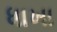
ધાખા